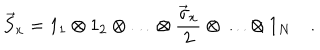
LaTeX: \vec { S } _ { x } = 1 _ { 1 } \otimes 1 _ { 2 } \otimes \ldots \otimes \frac { \vec { \sigma } _ { x } } { 2 } \otimes \ldots \otimes 1 _ { N } \quad .